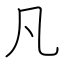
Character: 凡